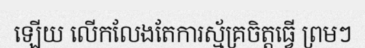
ឡើយ លើកលែងតែការស្ម័គ្រចិត្តធ្វើ ព្រមៗ